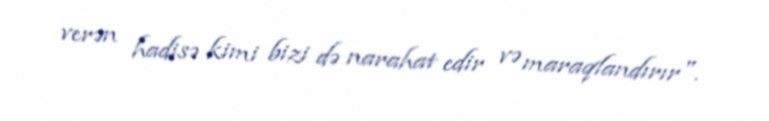
verən hadisə kimi bizi də narahat edir və maraqlandırır".